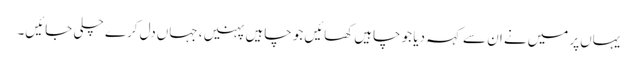
یہاں‌پر میں‌نے ان سے کہہ دیا جو چاہیں‌کھائیں‌جو چاہیں پہنیں، جہاں‌دل کرے چلی جائیں۔